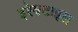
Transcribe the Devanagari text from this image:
इरेक्टाइल